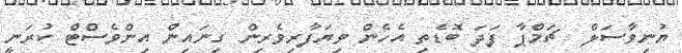
ޔުނިވާސަލް  ޗަމްޕާ ފަދަ ބޮޑެތި އެހެން ވިޔަފާރިވެރިން ގިނައިން އިންވެސްޓް ކުރަނީ